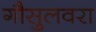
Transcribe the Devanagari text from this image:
गौसुलवरा